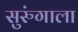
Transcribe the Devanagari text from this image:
सुरुंगाला